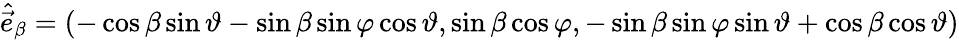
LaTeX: \hat{\vec{e}}_{\beta}=\left(-\cos\beta\sin\vartheta-\sin\beta\sin\varphi\cos\vartheta,\sin\beta\cos\varphi,-\sin\beta\sin\varphi\sin\vartheta+\cos\beta\cos\vartheta\right)